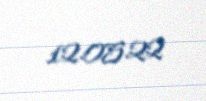
12.05.22